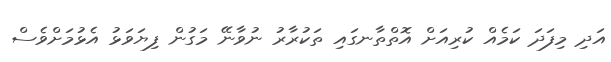
އަދި މިފަދަ ކަމެއް ކުރިއަށް އޮތްތާނގައި ތަކުރާރު ނުވާނޭ މަގުން ފިޔަވަޅު އެޅުމަށްވެސް